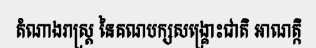
តំណាងរាស្ត្រ នៃគណបក្សសង្គ្រោះជាតិ អាណត្កិ